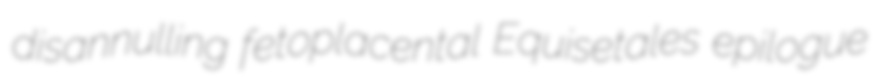
disannulling fetoplacental Equisetales epilogue